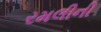
રમલીની